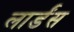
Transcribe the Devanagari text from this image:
लार्डंस